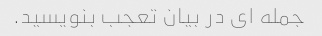
جمله ای در بیان تعجب بنویسید.